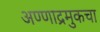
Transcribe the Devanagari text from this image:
अण्णाद्रमुकचा